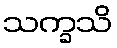
သက္ခသိ